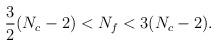
LaTeX: \begin{align*}\frac{3}{2}(N_c - 2) < N_f < 3(N_c - 2).\end{align*}